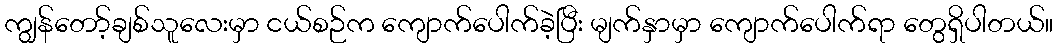
ကျွန်တော့်ချစ်သူလေးမှာ ငယ်စဉ်က ကျောက်ပေါက်ခဲ့ပြီး မျက်နှာမှာ ကျောက်ပေါက်ရာ တွေရှိပါတယ်။